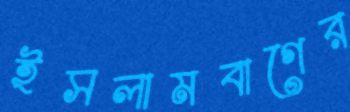
ইসলামবাগের